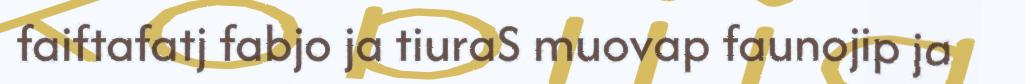
faiftafatj fabjo ja tiuraS muovap faunojip ja